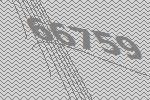
66759